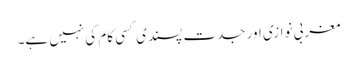
مغربی نوازی اور جدت پسندی کسی کام کی نہیں ہے۔